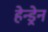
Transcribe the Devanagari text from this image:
हेन्ड्रेन